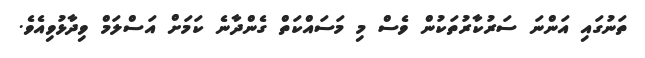
ތަނުގައި އަންނަ ސަރުކާރުތަކުން ވެސް މި މަސައްކަތް ގެންދާނެ ކަމަށް އަސްލަމް ވިދާޅުވިއެވެ.